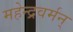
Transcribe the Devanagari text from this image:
महेन्द्रवर्मन्